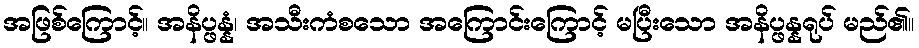
အဖြစ်ကြောင့်။ အနိပ္ဖန္နံ၊ အသီးကံစသော အကြောင်းကြောင့် မပြီးသော အနိပ္ဖန္နရုပ် မည်၏။